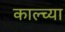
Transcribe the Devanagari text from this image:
काल्च्या